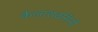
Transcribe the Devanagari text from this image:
कैलाशबसिनी